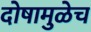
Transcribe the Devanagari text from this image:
दोषामुळेच